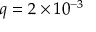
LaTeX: q = 2 \times 1 0 ^ { - 3 }